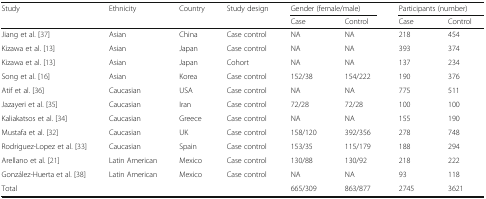
<table><thead><tr><td><b>Study</b></td><td><b>Ethnicity</b></td><td><b>Country</b></td><td><b>Study design</b></td><td colspan="2"><b>Gender (female/male)</b></td><td colspan="2"><b>Participants (number)</b></td></tr><tr><td>[EMPTY_CELL]</td><td>[EMPTY_CELL]</td><td>[EMPTY_CELL]</td><td>[EMPTY_CELL]</td><td><b>Case</b></td><td><b>Control</b></td><td><b>Case</b></td><td><b>Control</b></td></tr></thead><tbody><tr><td>Jiang et al. [37]</td><td>Asian</td><td>China</td><td>Case control</td><td>NA</td><td>NA</td><td>218</td><td>454</td></tr><tr><td>Kizawa et al. [13]</td><td>Asian</td><td>Japan</td><td>Case control</td><td>NA</td><td>NA</td><td>393</td><td>374</td></tr><tr><td>Kizawa et al. [13]</td><td>Asian</td><td>Japan</td><td>Cohort</td><td>NA</td><td>NA</td><td>137</td><td>234</td></tr><tr><td>Song et al. [16]</td><td>Asian</td><td>Korea</td><td>Case control</td><td>152/38</td><td>154/222</td><td>190</td><td>376</td></tr><tr><td>Atif et al. [36]</td><td>Caucasian</td><td>USA</td><td>Case control</td><td>NA</td><td>NA</td><td>775</td><td>511</td></tr><tr><td>Jazayeri et al. [35]</td><td>Caucasian</td><td>Iran</td><td>Case control</td><td>72/28</td><td>72/28</td><td>100</td><td>100</td></tr><tr><td>Kaliakatsos et al. [34]</td><td>Caucasian</td><td>Greece</td><td>Case control</td><td>NA</td><td>NA</td><td>155</td><td>190</td></tr><tr><td>Mustafa et al. [32]</td><td>Caucasian</td><td>UK</td><td>Case control</td><td>158/120</td><td>392/356</td><td>278</td><td>748</td></tr><tr><td>Rodriguez-Lopez et al. [33]</td><td>Caucasian</td><td>Spain</td><td>Case control</td><td>153/35</td><td>115/179</td><td>188</td><td>294</td></tr><tr><td>Arellano et al. [21]</td><td>Latin American</td><td>Mexico</td><td>Case control</td><td>130/88</td><td>130/92</td><td>218</td><td>222</td></tr><tr><td>González-Huerta et al. [38]</td><td>Latin American</td><td>Mexico</td><td>Case control</td><td>NA</td><td>NA</td><td>93</td><td>118</td></tr><tr><td>Total</td><td>[EMPTY_CELL]</td><td>[EMPTY_CELL]</td><td>[EMPTY_CELL]</td><td>665/309</td><td>863/877</td><td>2745</td><td>3621</td></tr></tbody></table>